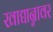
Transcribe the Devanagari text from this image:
खाद्यान्नावर